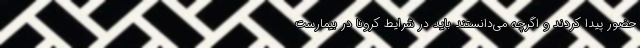
حضور پیدا کردند و اگرچه می‌دانستند باید در شرایط کرونا در بیمارست